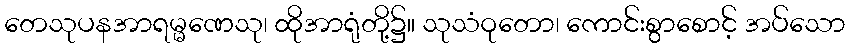
တေသုပနအာရမ္မဏေသု၊ ထိုအာရုံတို့၌။ သုသံဝုတော၊ ကောင်းစွာစောင့် အပ်သော